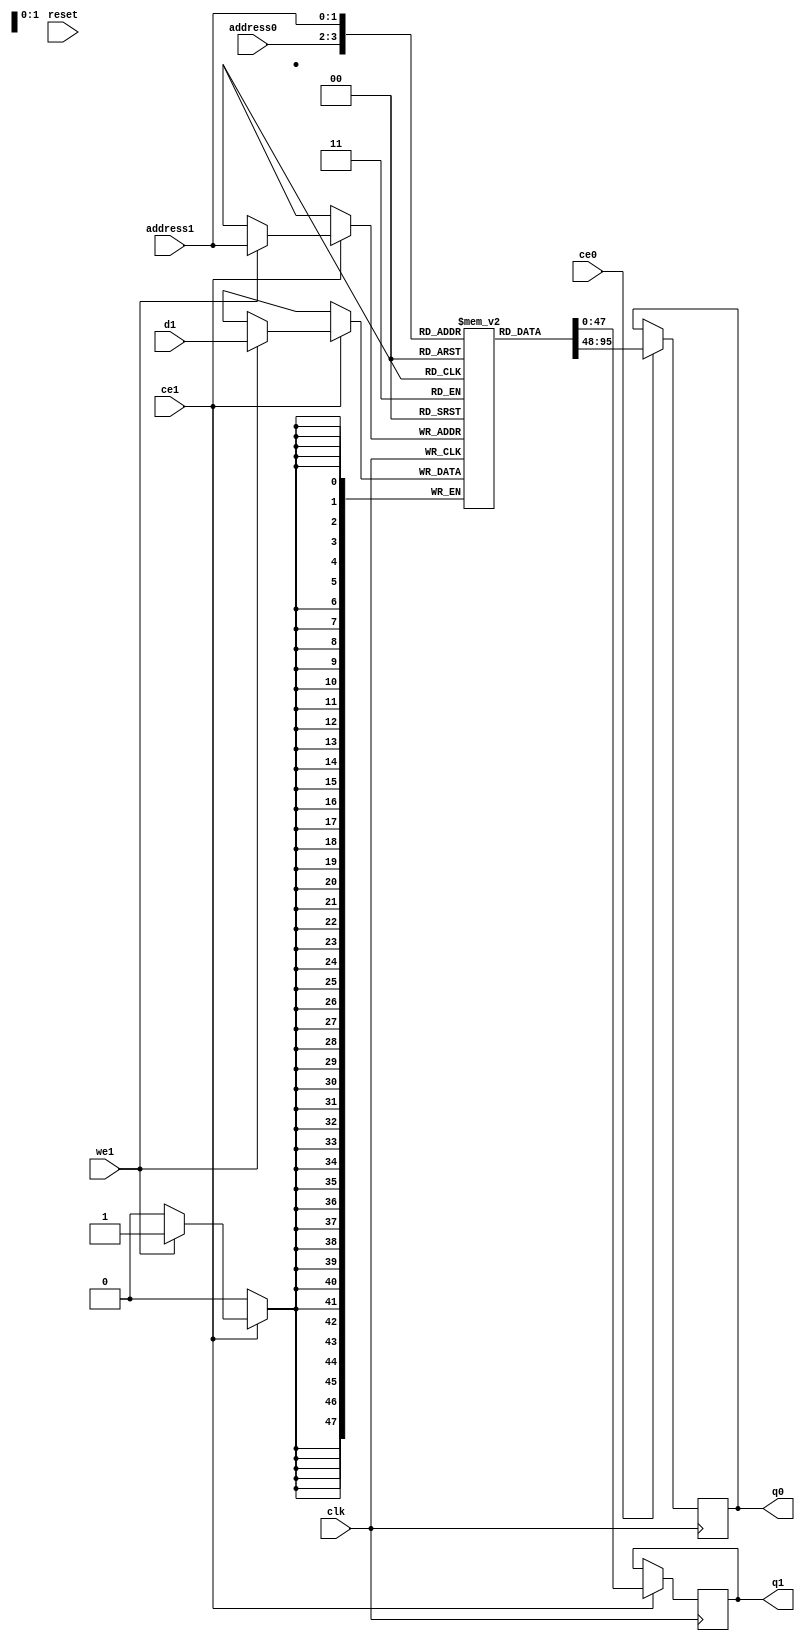
// ==============================================================
// Vitis HLS - High-Level Synthesis from C, C++ and OpenCL v2022.2 (64-bit)
// Version: 2022.2
// Copyright 1986-2022 Xilinx, Inc. All Rights Reserved.
// ==============================================================
`timescale 1 ns / 1 ps
module servo4x_u1_V_RAM_AUTO_1R1W_ram (
     
    address0, ce0,
    
    q0, 
      
    address1, ce1,
    d1, we1, 
    q1, 
     
    reset, clk);

parameter DataWidth = 48;
parameter AddressWidth = 2;
parameter AddressRange = 4;
 
input[AddressWidth-1:0] address0;
input ce0;

output reg[DataWidth-1:0] q0; 
 
input[AddressWidth-1:0] address1;
input ce1;
input[DataWidth-1:0] d1;
input we1; 
output reg[DataWidth-1:0] q1; 

input reset;
input clk;

(* ram_style = "auto"  *)reg [DataWidth-1:0] ram[0:AddressRange-1];


 



always @(posedge clk) 
begin 
    if (ce0) begin
        q0 <= ram[address0];
    end
end 

 
  





//read first
always @(posedge clk)  
begin 
    if (ce1) begin
        if (we1) 
            ram[address1] <= d1; 
        q1 <= ram[address1];

    end
end 
 
 

endmodule